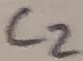
Text: C2